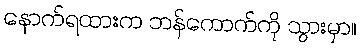
နောက်ရထားက ဘန်ကောက်ကို သွားမှာ။